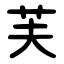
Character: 芙